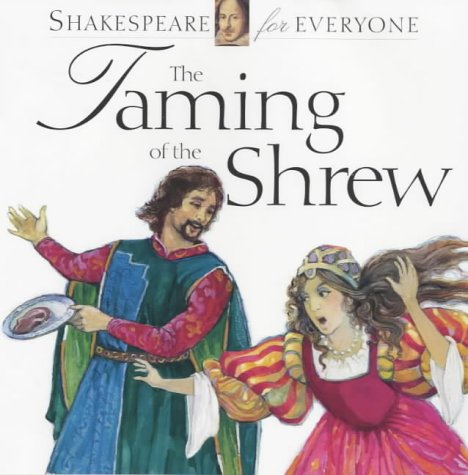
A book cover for The Taming of the Shrew (Shakespeare for Everyone); Jennifer Mulherin; Literature & Fiction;